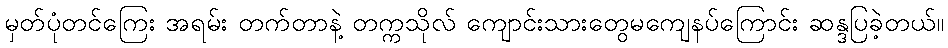
မှတ်ပုံတင်ကြေး အရမ်း တက်တာနဲ့ တက္ကသိုလ် ကျောင်းသားတွေမကျေနပ်ကြောင်း ဆန္ဒပြခဲ့တယ်။